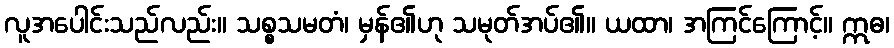
လူအပေါင်းသည်လည်း။ သစ္စသမတံ၊ မှန်၏ဟု သမုတ်အပ်၏။ ယထာ၊ အကြင်ကြောင့်။ ဣဓ၊